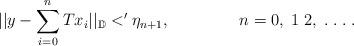
LaTeX: \begin{align*}||y-\sum_{i=0}^{n}Tx_{i}||_{\mathbb{D}} <' \eta_{n+1}, \;\;\;\;\;\;\;\;\;\;\;\;\;\;\; n=0,\;1\;2,\;.\;.\;.\;.\end{align*}